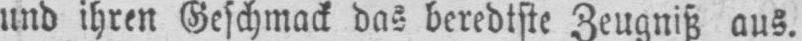
und ihren Geschmack das beredtste Zeugniß aus.